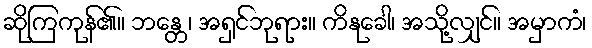
ဆိုကြကုန်၏။ ဘန္တေ၊ အရှင်ဘုရား။ ကိနုခေါ၊ အသို့လျှင်။ အမှာကံ၊